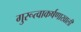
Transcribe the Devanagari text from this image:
गुरूत्वाकर्षणाखाली